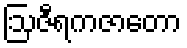
ဩဇီရကဇာတော